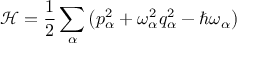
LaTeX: { \mathcal { H } } = { \frac { 1 } { 2 } } \sum _ { \alpha } \left( p _ { \alpha } ^ { 2 } + \omega _ { \alpha } ^ { 2 } q _ { \alpha } ^ { 2 } - \hbar \omega _ { \alpha } \right)